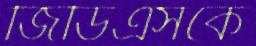
জিডিএসকে